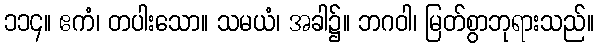
၁၁၄။ ဧကံ၊ တပါးသော။ သမယံ၊ အခါ၌။ ဘဂဝါ၊ မြတ်စွာဘုရားသည်။